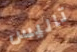
تاليس